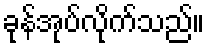
ခုန်အုပ်လိုက်သည်။